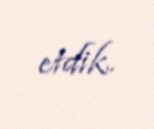
etdik.